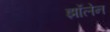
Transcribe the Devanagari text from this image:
झॉलेन